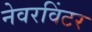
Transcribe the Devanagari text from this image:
नेवरविंटर